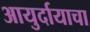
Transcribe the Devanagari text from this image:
आयुर्दायाचा